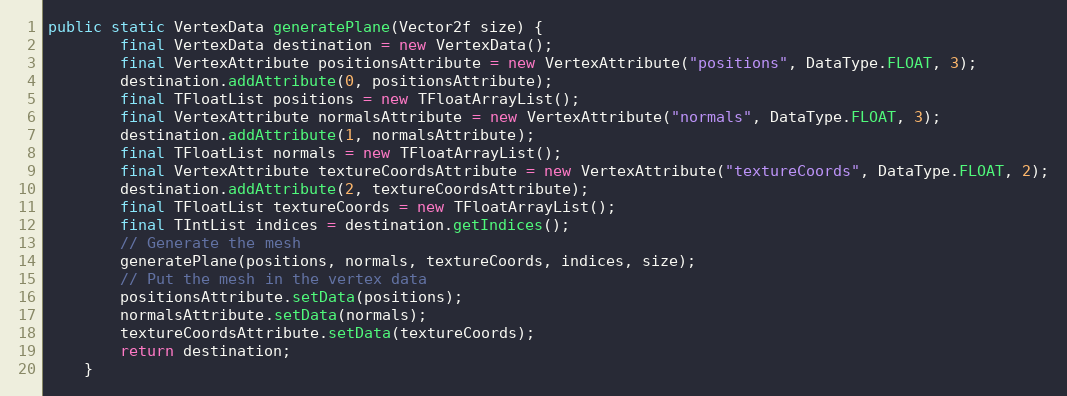
Language: Java
public static VertexData generatePlane(Vector2f size) {
        final VertexData destination = new VertexData();
        final VertexAttribute positionsAttribute = new VertexAttribute("positions", DataType.FLOAT, 3);
        destination.addAttribute(0, positionsAttribute);
        final TFloatList positions = new TFloatArrayList();
        final VertexAttribute normalsAttribute = new VertexAttribute("normals", DataType.FLOAT, 3);
        destination.addAttribute(1, normalsAttribute);
        final TFloatList normals = new TFloatArrayList();
        final VertexAttribute textureCoordsAttribute = new VertexAttribute("textureCoords", DataType.FLOAT, 2);
        destination.addAttribute(2, textureCoordsAttribute);
        final TFloatList textureCoords = new TFloatArrayList();
        final TIntList indices = destination.getIndices();
        // Generate the mesh
        generatePlane(positions, normals, textureCoords, indices, size);
        // Put the mesh in the vertex data
        positionsAttribute.setData(positions);
        normalsAttribute.setData(normals);
        textureCoordsAttribute.setData(textureCoords);
        return destination;
    }